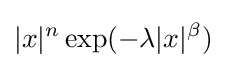
|x|^{n}\exp(-\lambda |x|^{\beta })